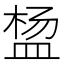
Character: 𬐠